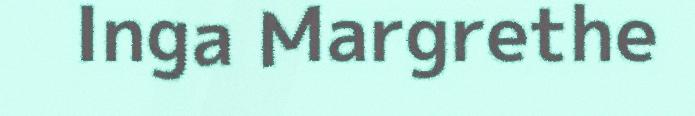
Inga Margrethe